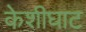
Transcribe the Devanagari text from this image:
केशीघाट